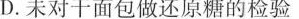
D.未对干面包做还原糖的检验